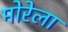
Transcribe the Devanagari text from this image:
मोरेला